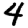
Digit: 4